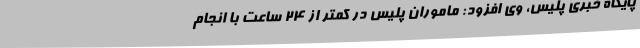
پایگاه خبری پلیس، وی افزود: ماموران پلیس در کمتر از ۲۴ ساعت با انجام